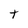
Character: t